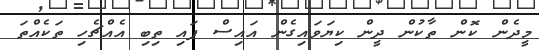
މީދެން ކޮން ތާކުން ދީން ކިޔަވައިގެން އައިސް ފައި ތިބި އެއްޗެހި ތަކެއްތަ